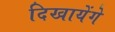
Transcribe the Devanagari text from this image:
दिखायेंगे